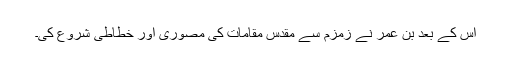
اس کے بعد بن عمر نے زمزم سے مقدس مقامات کی مصوری اور خطاطی شروع کی۔